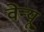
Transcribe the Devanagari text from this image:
वेन्यू